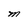
Character: M